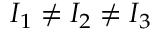
I _ { 1 } \neq I _ { 2 } \neq I _ { 3 }